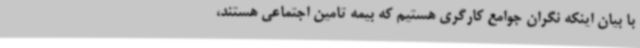
با بیان اینکه نگران جوامع کارگری هستیم که بیمه تامین اجتماعی هستند،